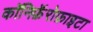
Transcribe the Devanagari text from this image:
कॉनिफ़ॅरोफ़ाइटा